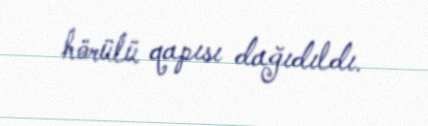
hörülü qapısı dağıdıldı.